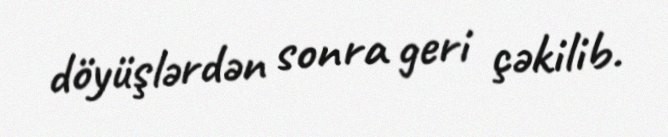
döyüşlərdən sonra geri çəkilib.